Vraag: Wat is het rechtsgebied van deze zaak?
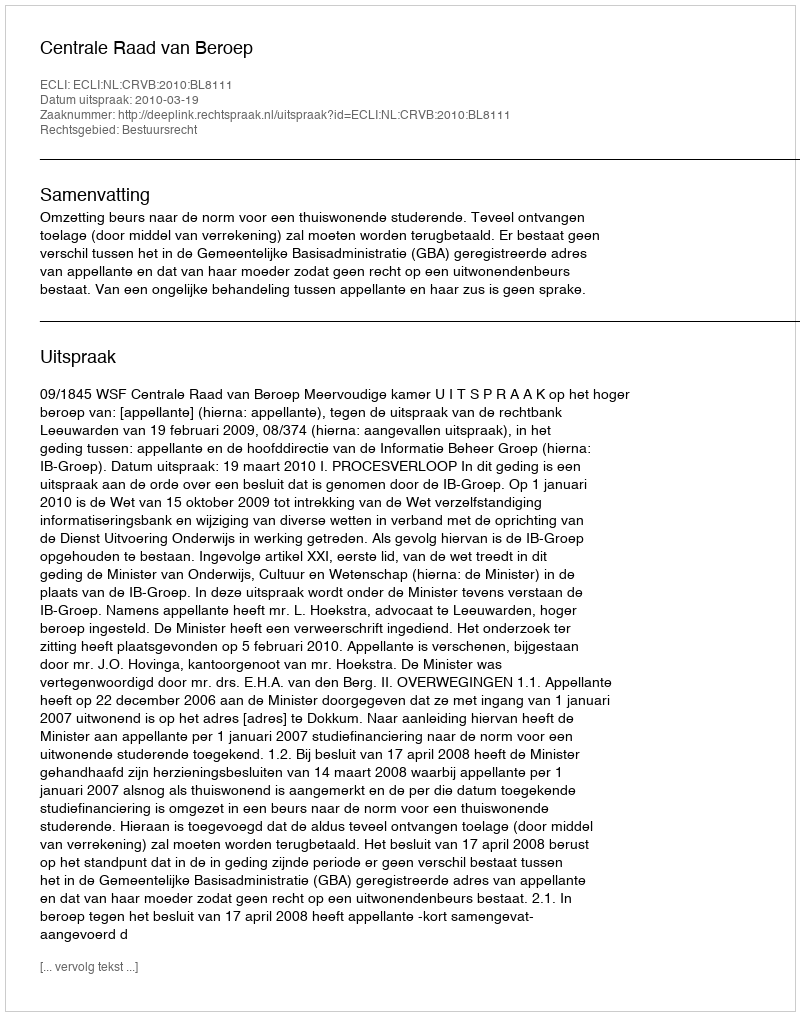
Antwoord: Bestuursrecht